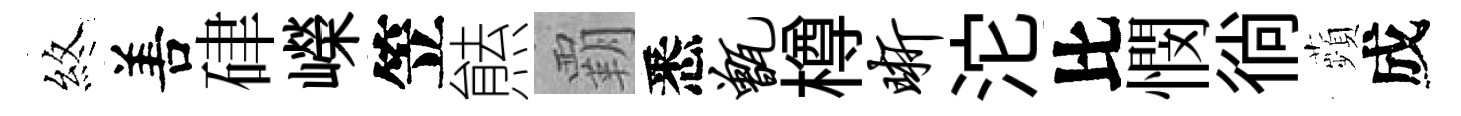
煞𠵊硉嶸笠㷱覇悉甑樽晰沱比憫徜蘋成